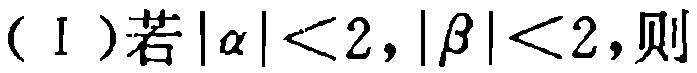
（Ⅰ）若\(|\alpha|<2,|\beta|<2\)，则